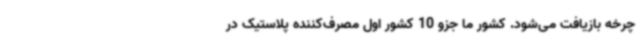
چرخه بازیافت می‌شود. کشور ما جزو 10 کشور اول مصرف‌کننده پلاستیک در